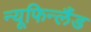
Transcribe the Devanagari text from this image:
न्यूफिन्लैंड